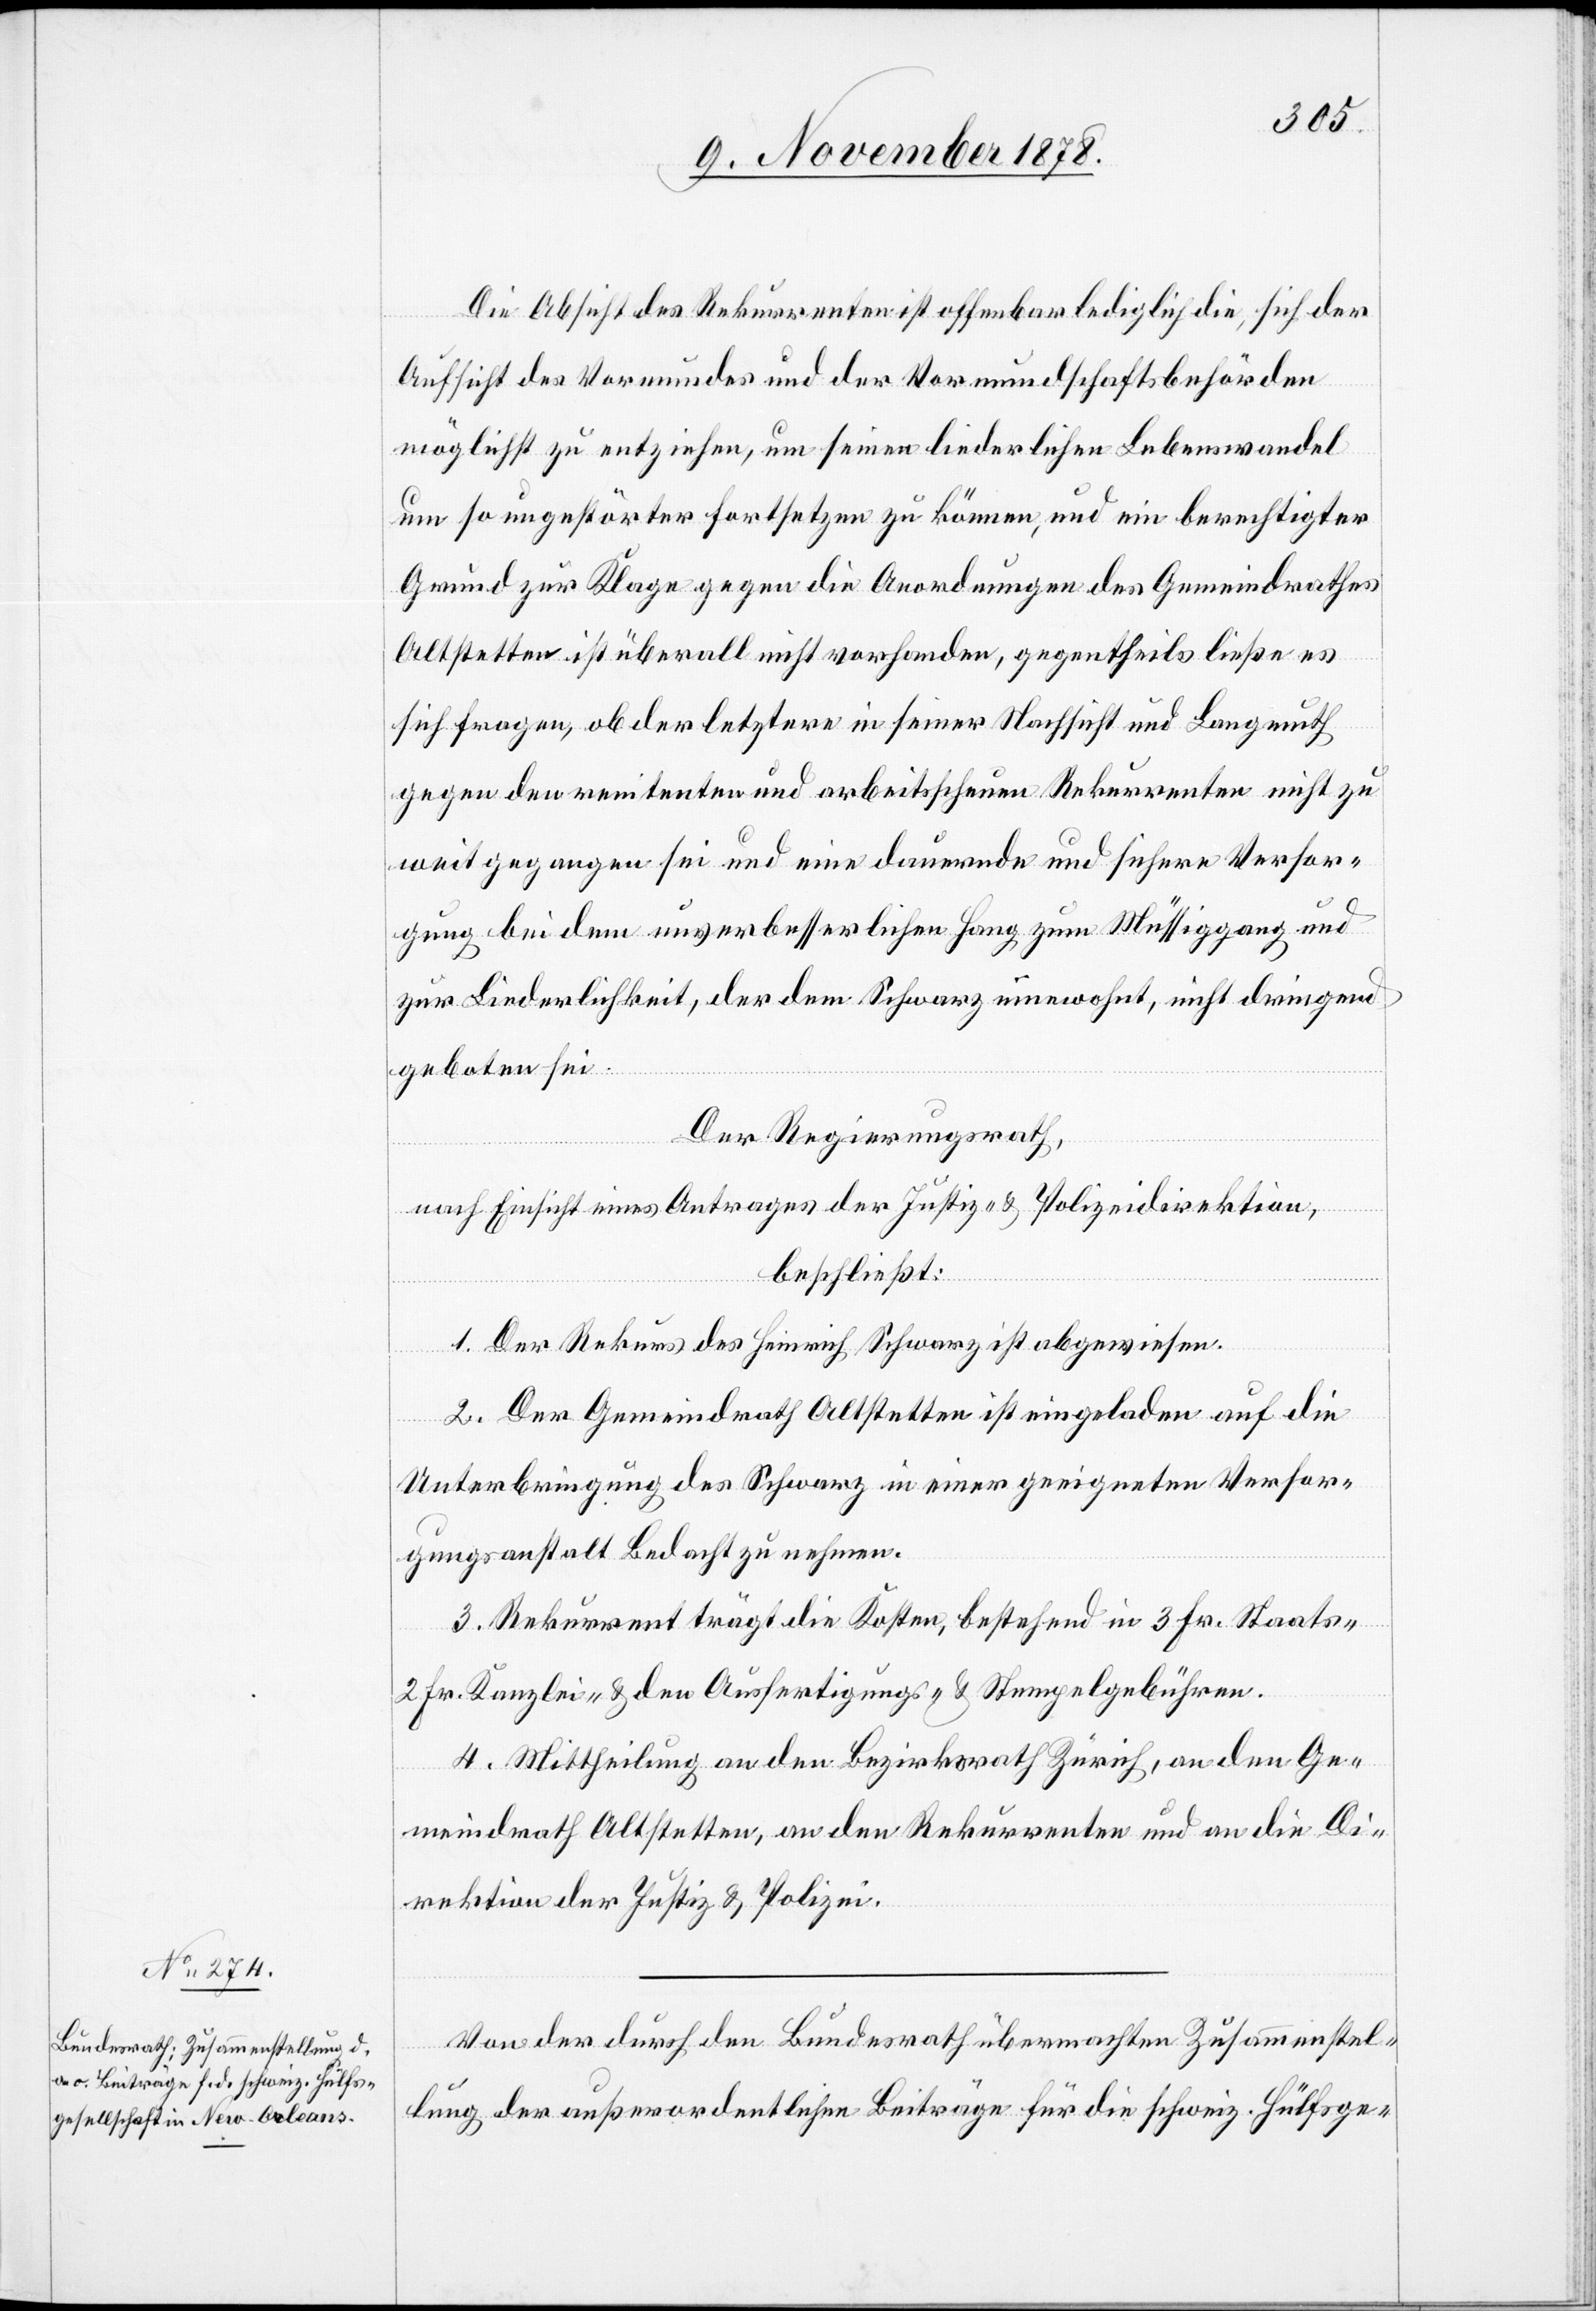
Die Absicht des Rekurrenten ist offenbar lediglich die, sich der
Aufsicht des Vormundes und der Vormundschaftsbehörden
möglichst zu entziehen, um seinen liederlichen Lebenswandel
um so ungestörter fortsetzen zu können, und ein berechtigter
Grund zur Klage gegen die Anordnungen des Gemeindrathes
Altstetten ist überall nicht vorhanden, gegentheils ließe es
sich fragen, ob der letztere in seiner Nachsicht und Langmuth
gegen den renitenten und arbeitsscheuen Rekurrenten nicht zu
weit gegangen sei und eine dauernde und sichere Versor¬
gung bei dem unverbesserlichen Hang zum Müßiggang und
zur Liederlichkeit, der dem Schwarz innewohnt, nicht dringend
geboten sei.
Der Regierungsrath,
nach Einsicht eines Antrages der Justiz- & Polizeidirektion,
beschließt:
1. Der Rekurs des Heinrich Schwarz ist abgewiesen.
2. Der Gemeindrath Altstetten ist eingeladen auf die
Unterbringung des Schwarz in einer geeigneten Versor¬
gungsanstalt Bedacht zu nehmen.
3. Rekurrent trägt die Kosten, bestehend in 3 Fr. Staats-,
2 Fr. Kanzlei- & den Ausfertigungs- und Stempelgebühren.
4. Mittheilung an den Bezirksrath Zürich, an den Ge¬
meindrath Altstetten, an den Rekurrenten und an die Di¬
rektion der Justiz & Polizei.
Von der durch den Bundesrath übermachten Zusammenstel¬
lung der außerordentlichen Beiträge für die schweiz. Hülfsge-